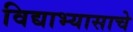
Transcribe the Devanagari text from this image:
विद्याभ्यासाचे